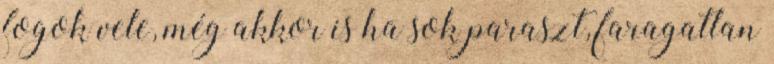
fogok vele, még akkor is ha sok paraszt, faragatlan